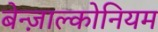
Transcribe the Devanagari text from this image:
बेन्ज़ाल्कोनियम